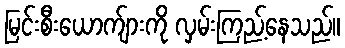
မြင်းစီးယောက်ျားကို လှမ်းကြည့်နေသည်။